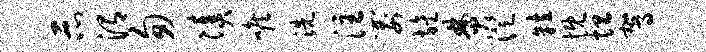
示渭匆凑喉洗注箭旌焚澄粒慨坦驾